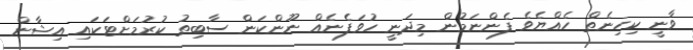
ވާނީ ކިހިނެތް ހެއްޔެވެ ފެންނަމުން މިދަނީ ހުވަފެނެއް ނޫންކަން ސާބިތު ކުރުމަށްޓަކައި އިޝާން